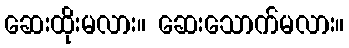
ဆေးထိုးမလား။ ဆေးသောက်မလား။